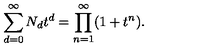
\sum _ { d = 0 } ^ { \infty } N _ { d } t ^ { d } = \prod _ { n = 1 } ^ { \infty } ( 1 + t ^ { n } ) .